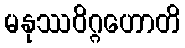
မနုဿဝိဂ္ဂဟောတိ